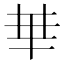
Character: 𠦒